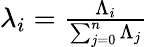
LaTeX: \begin{array}{r}{\lambda_{i}=\frac{\Lambda_{i}}{\sum_{j=0}^{n}\Lambda_{j}}}\end{array}